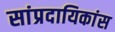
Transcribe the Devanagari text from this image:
सांप्रदायिकांस